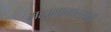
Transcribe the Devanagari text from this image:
महामानवतावादी